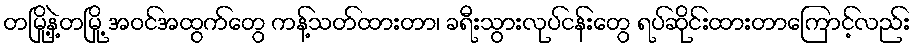
တမြို့နဲ့တမြို့ အဝင်အထွက်တွေ ကန့်သတ်ထားတာ၊ ခရီးသွားလုပ်ငန်းတွေ ရပ်ဆိုင်းထားတာကြောင့်လည်း